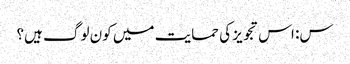
س: اس تجویز کی حمایت میں کون لوگ ہیں؟